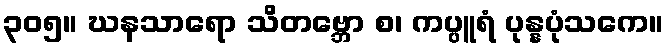
၃၀၅။ ဃနသာရော သိတဗ္ဘော စ၊ ကပ္ပူရံ ပုန္နပုံသကေ။